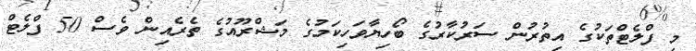
މި ފްލެޓްތަކުގެ އިތުރުން ސަރުކާރުގެ ބޯހިޔާވަހިކަމުގެ މަޝްރޫއުގެ ތެރެއިން ވެސް 50 ފްލެޓް